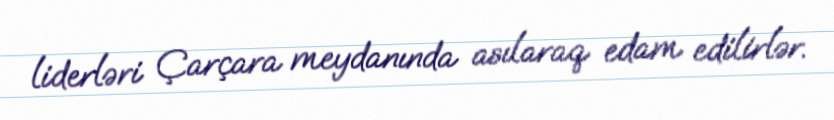
liderləri Çarçara meydanında asılaraq edam edilirlər.